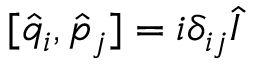
[ \hat { q } _ { i } , \hat { p } _ { j } ] = i \delta _ { i j } \hat { I }